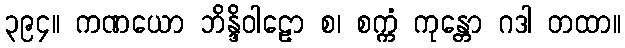
၃၉၄။ ကဏယော ဘိန္ဒိဝါဠော စ၊ စက္ကံ ကုန္တော ဂဒါ တထာ။